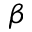
\beta